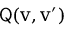
\sf { Q } ( \boldsymbol { v } , \boldsymbol { v } ^ { \prime } )